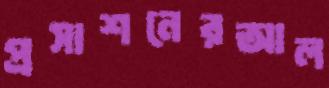
প্রসাশনেরআল